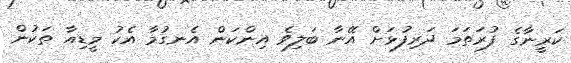
ކަރީނާގެ ފުރަތަމަ ދަރިފުޅަށް އޭނާ ބަލިވެ އިންކަން އެނގުމާ އެކު މީޑިއާ ތަކުން